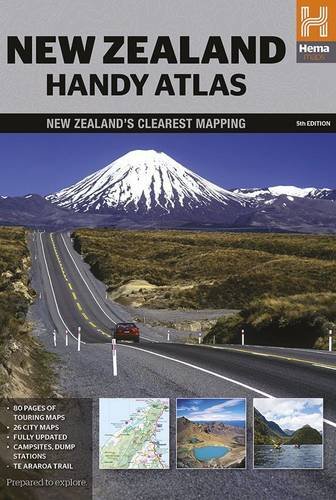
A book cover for New Zealand Handy Atlas; Travel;